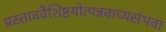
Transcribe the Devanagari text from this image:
प्रस्ताववैशिष्टयोत्पन्नवाच्यसंभवा